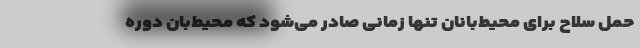
حمل سلاح برای محیط‌بانان تنها زمانی صادر می‌شود که محیط‌بان دوره